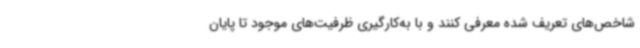
شاخص‌های تعریف شده معرفی کنند و با به‌کارگیری ظرفیت‌های موجود تا پایان